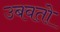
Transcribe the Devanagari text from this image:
उबवतो